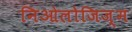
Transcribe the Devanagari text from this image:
निओलोजिज़्म